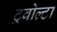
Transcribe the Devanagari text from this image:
ट्रवोल्टा